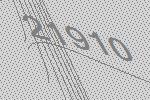
21910